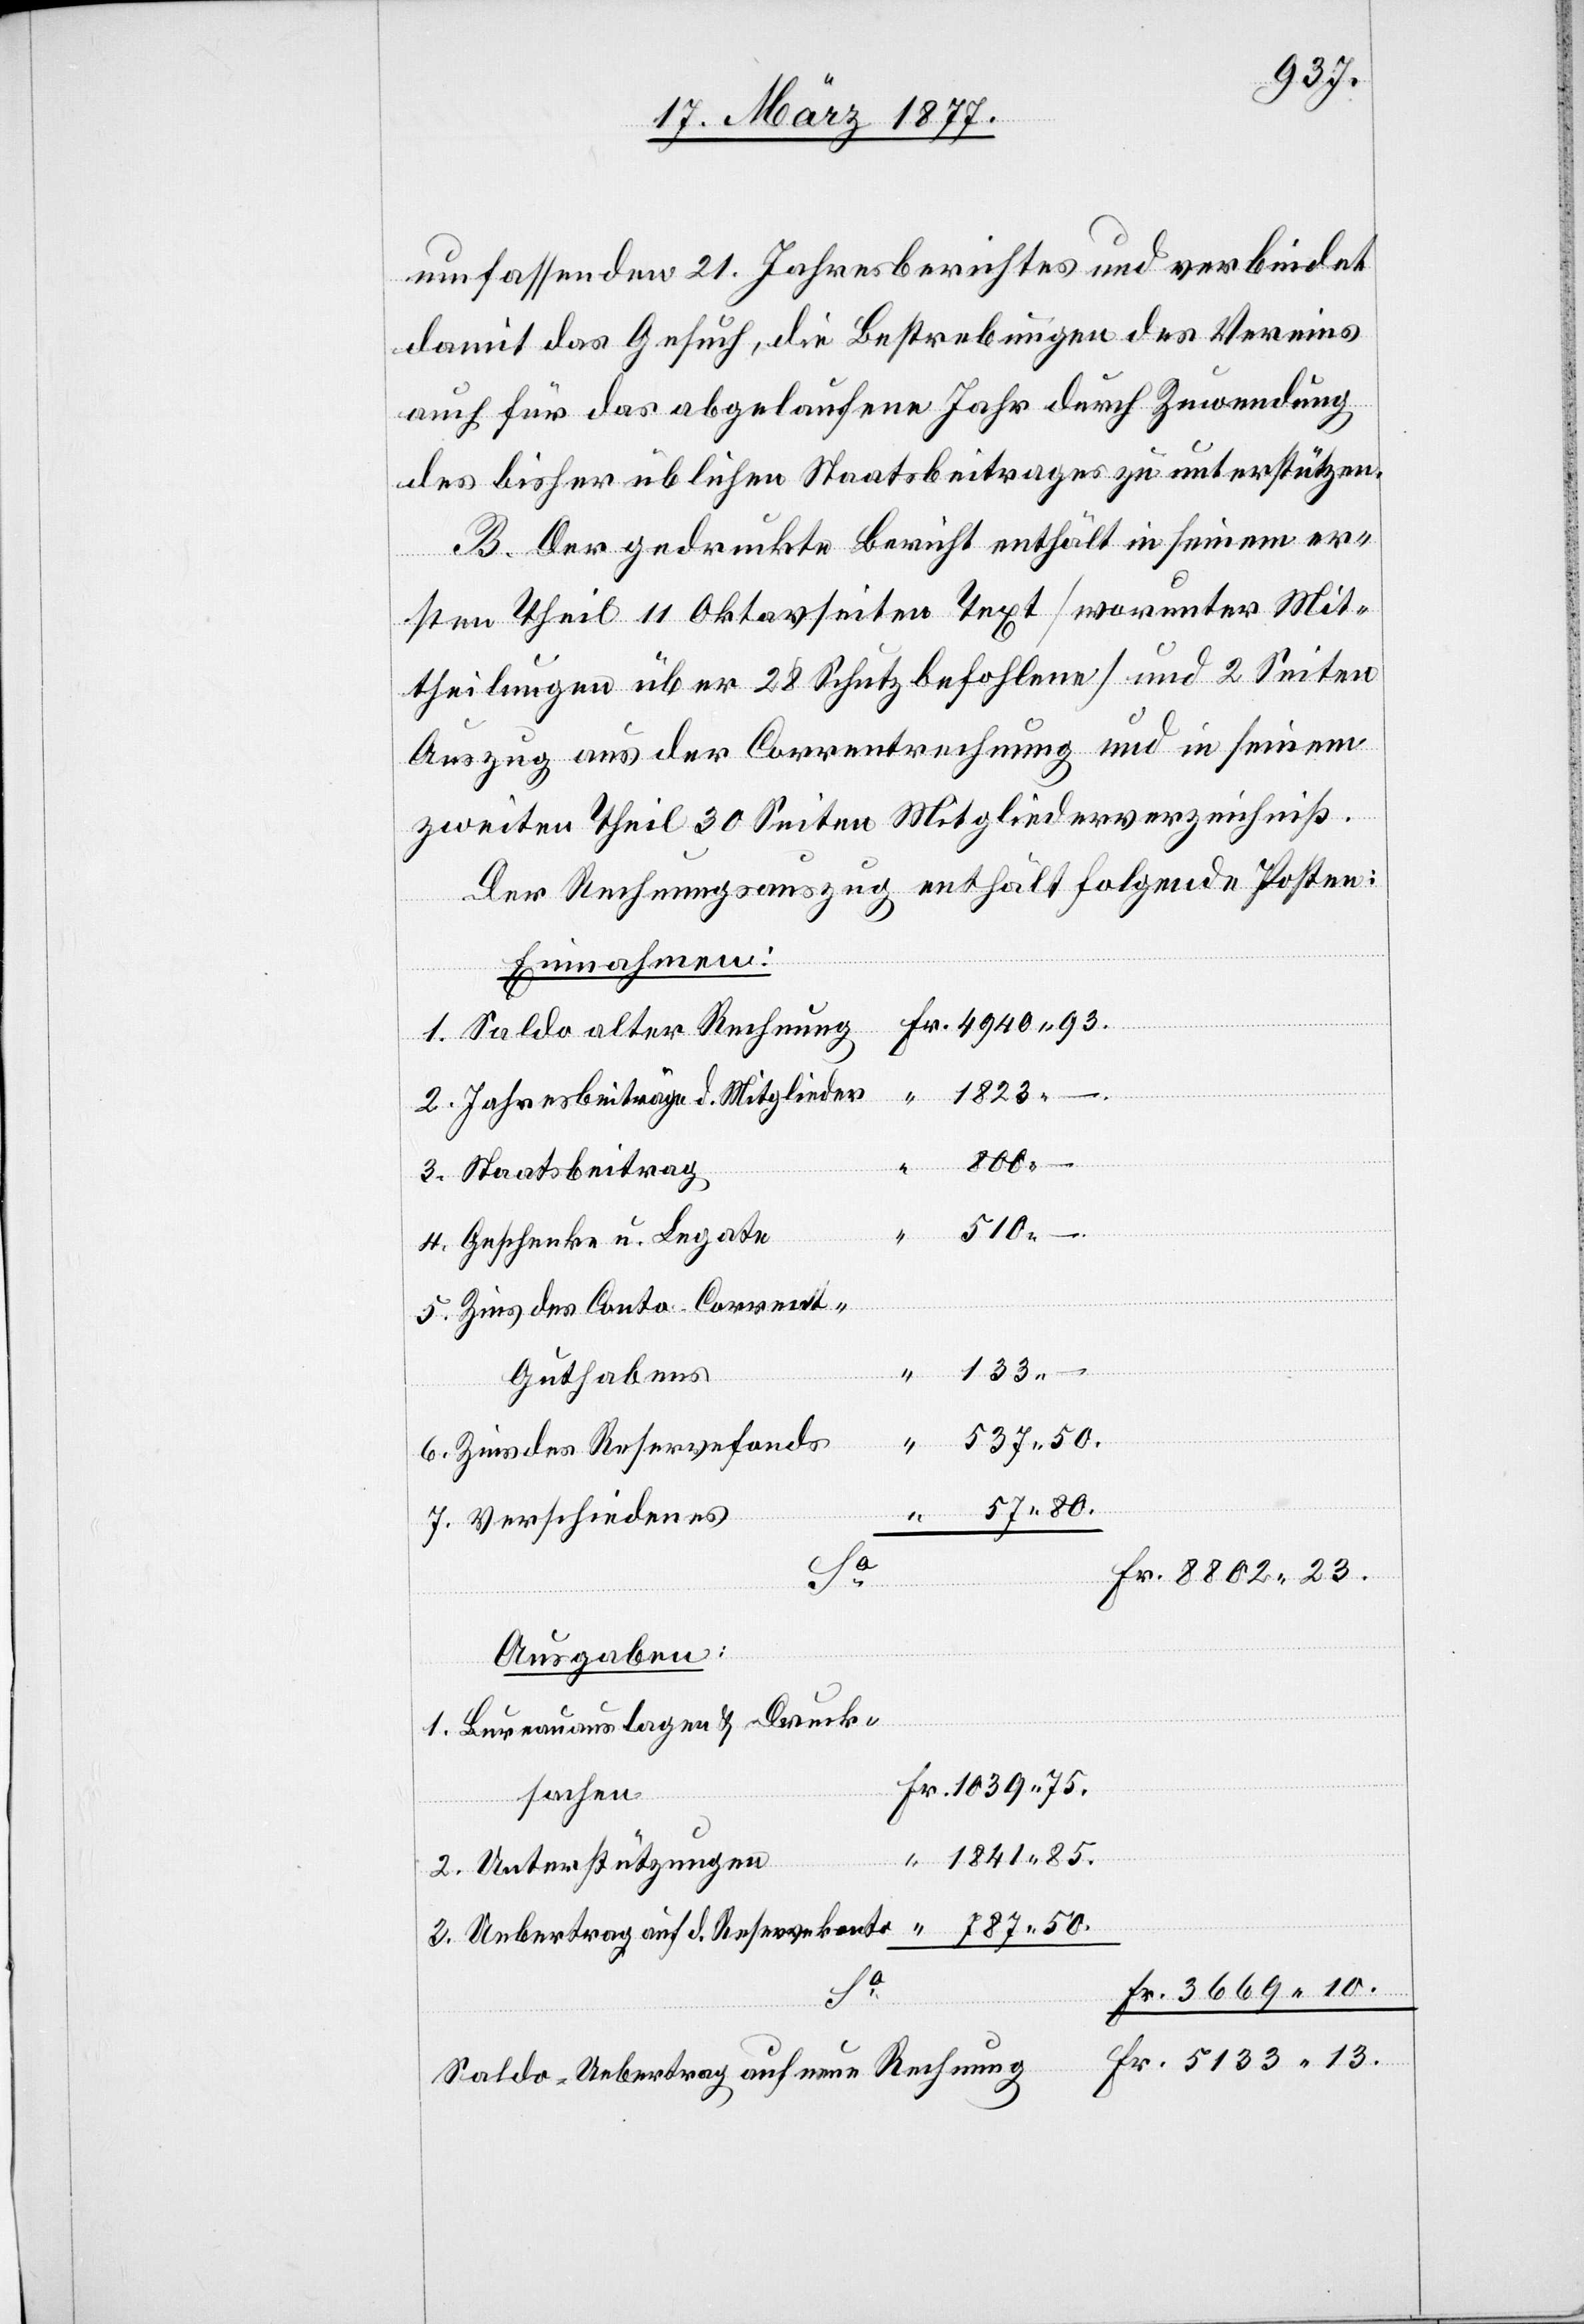
537
umfassenden 21. Jahresberichtes und verbindet
damit das Gesuch, die Bestrebungen des Vereins
auch für das abgelaufene Jahr durch Zuwendung
des bisher üblichen Staatsbeitrages zu unterstützen.
B. Der gedruckte Bericht enthält in seinem er¬
sten Theil 11 Oktavseiten Text [worunter Mit¬
theilungen über 28 Schutzbefohlene] und 2 Seiten
Auszug aus der Correntrechnung und in seinem
zweiten Theil 30 Seiten Mitgliederverzeichniß.
Der Rechnungsauszug enthält folgende Posten:
Einnahmen:
1. Saldo alter Rechnung
1823
2. Jahresbeiträge d. Mitglieder
3. Staatsbeitrag
510
4. Geschenke u. Legate
“
5. Zins des Conto-Corrent-G¬
133
uthabens
6. Zins des Reservefonds
787 50.
7. Verschiedenes
23.
Ausgaben:
auf
1. Bureauauslagen & Druck¬
sachen
1841 85.
13.
2. Unterstützungen
Fr.
Saldo-Uebertrag auf neue Rechnung